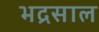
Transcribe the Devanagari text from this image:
भद्रसाल